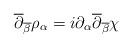
LaTeX: \begin{align*}\overline{\partial}_{\overline{\beta}}\rho_\alpha =i\partial_\alpha \overline{\partial}_{\overline{\beta}}\chi\end{align*}